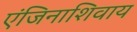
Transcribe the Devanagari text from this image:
एंजिनाशिवाय